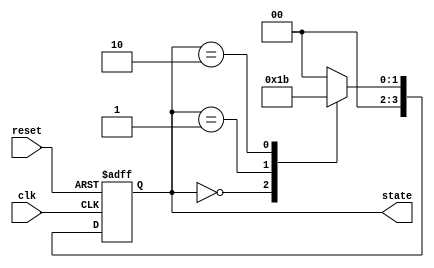
module StateInitialization (
    input wire clk,              // Clock signal
    input wire reset,            // Active-high reset signal
    output reg [3:0] state       // State output (4-bit for example)
);

// Internal state initialization values
localparam STATE_IDLE = 4'b0000;
localparam STATE_READY = 4'b0001;
localparam STATE_PROCESS = 4'b0010;
localparam STATE_COMPLETE = 4'b0011;

// Always block for state initialization and updates
always @(posedge clk or posedge reset) begin
    if (reset) begin
        // On reset, initialize the state to predefined value
        state <= STATE_IDLE;  // Set to initial state
    end else begin
        // State transition logic (example: simple state machine)
        case (state)
            STATE_IDLE: begin
                // Transition logic for IDLE state
                // For example, move to READY state when some condition is met
                state <= STATE_READY; // This could be conditional based on inputs
            end
            
            STATE_READY: begin
                // Transition logic for READY state
                state <= STATE_PROCESS; // Move to PROCESS state
            end
            
            STATE_PROCESS: begin
                // Transition logic for PROCESS state
                // Example condition to complete processing
                state <= STATE_COMPLETE; // Move to COMPLETE state
            end
            
            STATE_COMPLETE: begin
                // Transition logic for COMPLETE state
                // Example: reset to IDLE or wait for new input
                state <= STATE_IDLE; // Reset to IDLE for simplicity
            end
            
            default: begin
                state <= STATE_IDLE; // Fallback to IDLE on unexpected state
            end
        endcase
    end
end

endmodule